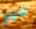
نحجز